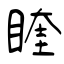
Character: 睳